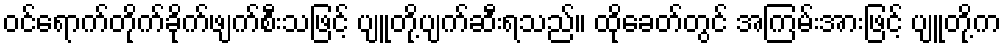
ဝင်ရောက်တိုက်ခိုက်ဖျက်စီးသဖြင့် ပျူတို့ပျက်ဆီးရသည်။ ထိုခေတ်တွင် အကြမ်းအားဖြင့် ပျူတို့က